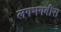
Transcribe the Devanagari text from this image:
लगभगबीस